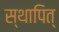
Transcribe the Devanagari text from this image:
स्थापित्